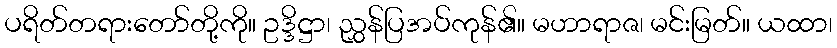
ပရိတ်တရားတော်တို့ကို။ ဥဒ္ဒိဋ္ဌာ၊ ညွှန်ပြအပ်ကုန်၏။ မဟာရာဇ၊ မင်းမြတ်။ ယထာ၊